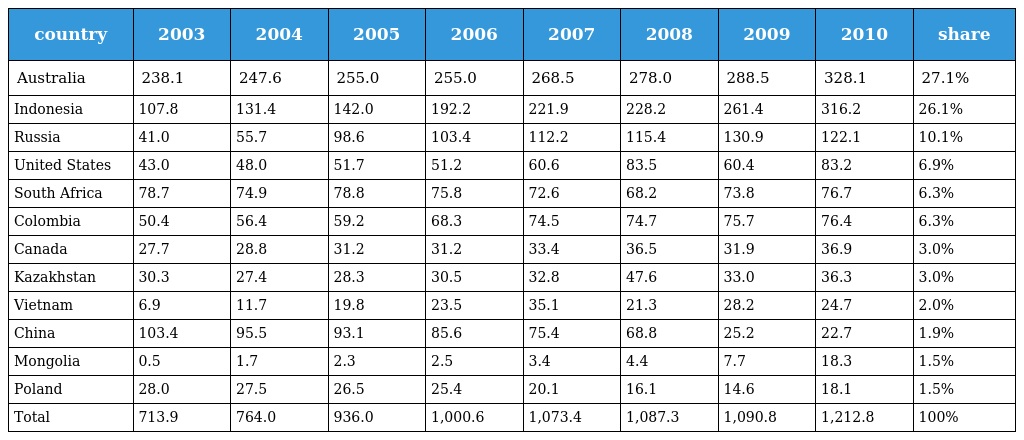
| country | 2003 | 2004 | 2005 | 2006 | 2007 | 2008 | 2009 | 2010 | share |
 | --- | --- | --- | --- | --- | --- | --- | --- | --- | --- |
 | Australia | 238.1 | 247.6 | 255.0 | 255.0 | 268.5 | 278.0 | 288.5 | 328.1 | 27.1% |
 | Indonesia | 107.8 | 131.4 | 142.0 | 192.2 | 221.9 | 228.2 | 261.4 | 316.2 | 26.1% |
 | Russia | 41.0 | 55.7 | 98.6 | 103.4 | 112.2 | 115.4 | 130.9 | 122.1 | 10.1% |
 | United States | 43.0 | 48.0 | 51.7 | 51.2 | 60.6 | 83.5 | 60.4 | 83.2 | 6.9% |
 | South Africa | 78.7 | 74.9 | 78.8 | 75.8 | 72.6 | 68.2 | 73.8 | 76.7 | 6.3% |
 | Colombia | 50.4 | 56.4 | 59.2 | 68.3 | 74.5 | 74.7 | 75.7 | 76.4 | 6.3% |
 | Canada | 27.7 | 28.8 | 31.2 | 31.2 | 33.4 | 36.5 | 31.9 | 36.9 | 3.0% |
 | Kazakhstan | 30.3 | 27.4 | 28.3 | 30.5 | 32.8 | 47.6 | 33.0 | 36.3 | 3.0% |
 | Vietnam | 6.9 | 11.7 | 19.8 | 23.5 | 35.1 | 21.3 | 28.2 | 24.7 | 2.0% |
 | China | 103.4 | 95.5 | 93.1 | 85.6 | 75.4 | 68.8 | 25.2 | 22.7 | 1.9% |
 | Mongolia | 0.5 | 1.7 | 2.3 | 2.5 | 3.4 | 4.4 | 7.7 | 18.3 | 1.5% |
 | Poland | 28.0 | 27.5 | 26.5 | 25.4 | 20.1 | 16.1 | 14.6 | 18.1 | 1.5% |
 | Total | 713.9 | 764.0 | 936.0 | 1,000.6 | 1,073.4 | 1,087.3 | 1,090.8 | 1,212.8 | 100% |